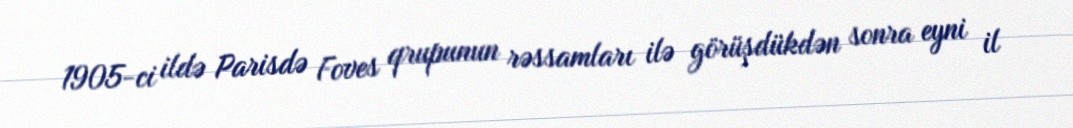
1905-ci ildə Parisdə Foves qrupunun rəssamları ilə görüşdükdən sonra eyni il